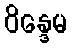
ဝိန္ဒေမ